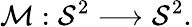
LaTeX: {\cal{M}}:{\cal{S}}^{2}\longrightarrow{\cal S}^{2}.